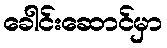
ခေါင်းဆောင်မှာ